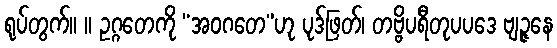
ရုပ်တွက်။ ။ ဥဂ္ဂတေကို “အဝဂတေ”ဟု ပုဒ်ဖြတ်၊ တဗ္ဗိပရီတုပပဒေ ဗျဉ္ဇနေ